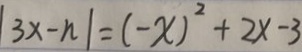
\vert 3 x - n \vert = ( - x ) ^ { 2 } + 2 x - 3